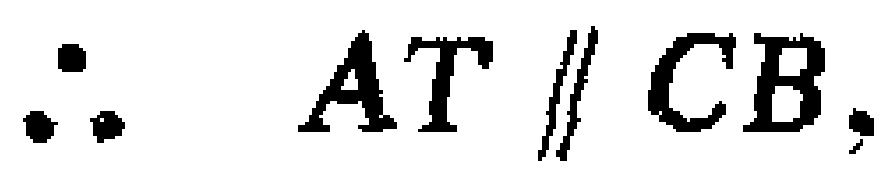
\(\therefore AT\parallel CB,\)